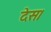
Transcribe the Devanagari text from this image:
देस।